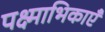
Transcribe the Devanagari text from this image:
पक्ष्माभिकाएँ